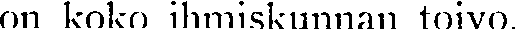
on koko ihmiskunnan toivo.